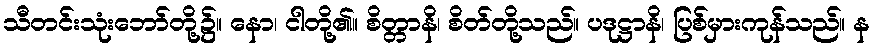
သီတင်းသုံးဘော်တို့၌။ နော၊ ငါတို့၏။ စိတ္တာနိ၊ စိတ်တို့သည်။ ပဒုဋ္ဌာနိ၊ ပြစ်မှားကုန်သည်။ န